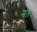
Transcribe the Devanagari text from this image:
नंत